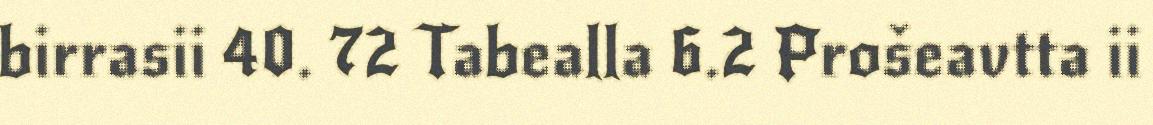
birrasii 40. 72 Tabealla 6.2 Prošeavtta ii